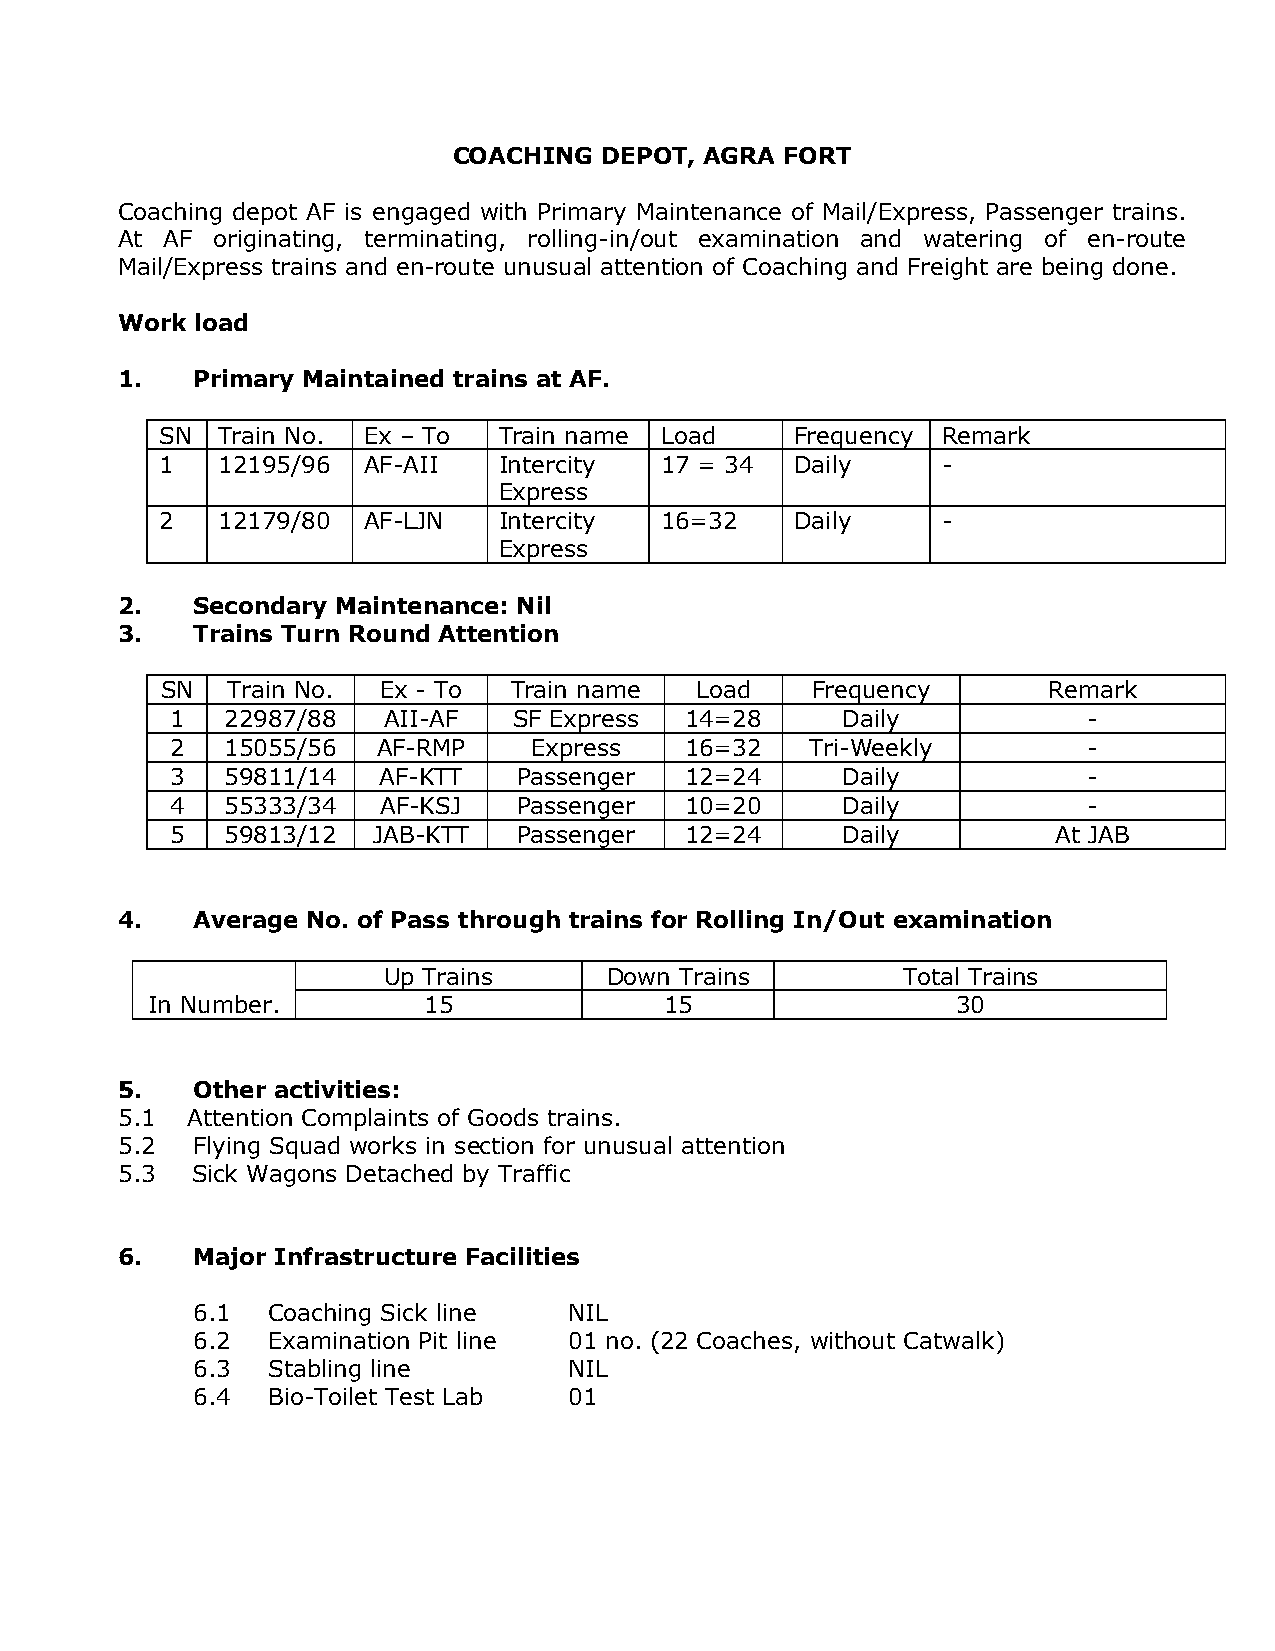
COACHING  DEPOT, AGRA FORT
 Coaching depot AF is engaged with Primary Maintenance of Mail/Express, Passenger trains.
 At AF originating, terminating, rolling-in/out examination and watering of en-route
 Mail/Express trains and en-route unusual attention of Coaching and Freight are being done.
 Work load
 1.   Primary Maintained trains at AF.
 SN Train No. Ex – To  Train name Load     Frequency Remark
 1  12195/96  AF-AII   Intercity  17 = 34  Daily    -
 Express
 2  12179/80  AF-LJN   Intercity  16=32    Daily    -
 Express
 2.   Secondary Maintenance: Nil
 3.   Trains Turn Round Attention
 SN  Train No. Ex - To  Train name  Load    Frequency      Remark
 1   22987/88  AII-AF   SF Express 14=28      Daily           -
 2   15055/56  AF-RMP    Express   16=32    Tri-Weekly        -
 3   59811/14  AF-KTT   Passenger  12=24      Daily           -
 4   55333/34  AF-KSJ   Passenger  10=20      Daily           -
 5   59813/12  JAB-KTT  Passenger  12=24      Daily         At JAB
 4.   Average No. of Pass through trains for Rolling In/Out examination
 Up Trains      Down Trains         Total Trains
 In Number.        15              15                 30
 5.   Other activities:
 5.1 Attention Complaints of Goods trains.
 5.2  Flying Squad works in section for unusual attention
 5.3  Sick Wagons Detached by Traffic
 6.   Major Infrastructure Facilities
 6.1  Coaching Sick line  NIL
 6.2  Examination Pit line 01 no. (22 Coaches, without Catwalk)
 6.3  Stabling line       NIL
 6.4  Bio-Toilet Test Lab 01